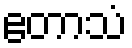
ဧတာသံ